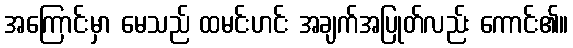
အကြောင်းမှာ မေသည် ထမင်းဟင်း အချက်အပြုတ်လည်း ကောင်း၏။